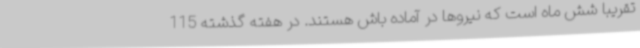
تقریبا شش ماه است که نیروها در آماده باش هستند. در هفته گذشته 115